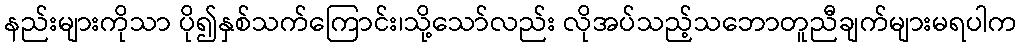
နည်းများကိုသာ ပို၍နှစ်သက်ကြောင်း၊သို့သော်လည်း လိုအပ်သည့်သဘောတူညီချက်များမရပါက